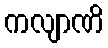
ကလျာဏိ